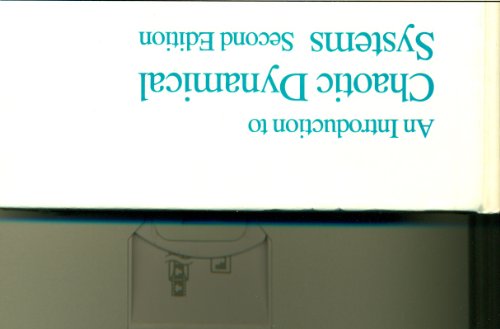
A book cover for An Introduction To Chaotic Dynamical Systems, Second Edition (Addison-Wesley Studies in Nonlinearity); Robert Devaney; Science & Math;